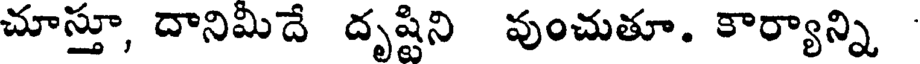
చూస్తూ, దానిమిదే దృష్టిని వుంచుతూ. కార్యాన్ని